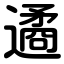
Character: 遹